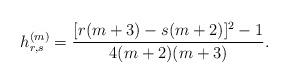
LaTeX: \begin{align*} h_{r,s}^{(m)} = \frac{[r(m+3)-s(m+2)]^2-1}{4(m+2)(m+3)}.\end{align*}